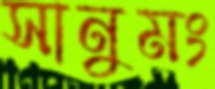
সানুমং